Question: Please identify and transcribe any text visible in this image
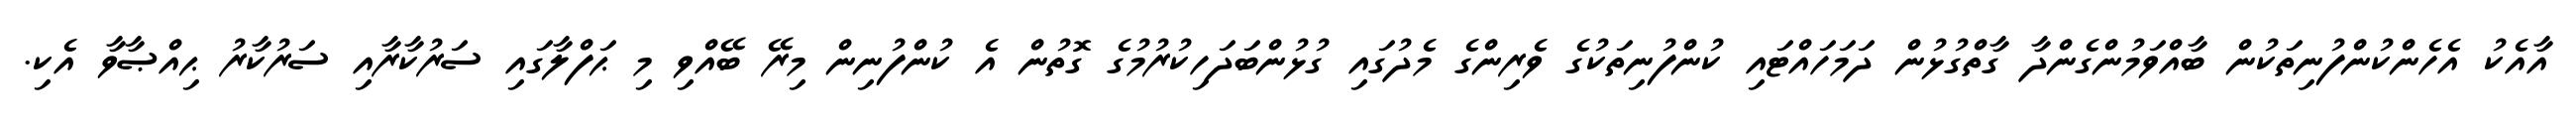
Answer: އާއެކު އެހެންކުންފުނިތަކުން ބާއްވަމުންގެންދާ ގާތްގުޅުން ދަމަހައްޓައި ކުންފުނިތަކުގެ ވެރިންގެ މެދުގައި ގުޅުންބަދަހިކުރުމުގެ ގޮތުން އެ ކުންފުނިން މިރޭ ބޭއްވި މި ޙަފްލާގައި ސަރުކާރާއި ސަރުކާރު ޙިއްޞާވާ އެކި.